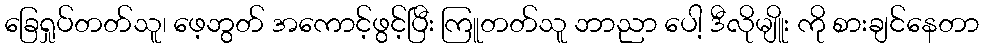
ခြေရှုပ်တတ်သူ၊ ဖေ့ဘွတ် အကောင့်ဖွင့်ပြီး ကြူတတ်သူ ဘာညာ ပေါ့ ဒီလိုမျိူး ကို စားချင်နေတာ